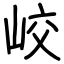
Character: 峧